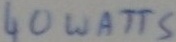
Text: 40 WATTS